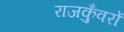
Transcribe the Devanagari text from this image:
राजकुँवरों